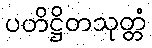
ပတိဋ္ဌိတသုတ္တံ